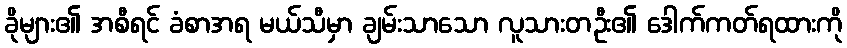
ခိုများ၏ အစီရင် ခံစာအရ မယ်သီမှာ ချမ်းသာသော လူသားတဦး၏ ဒေါက်ကတ်ရထားကို